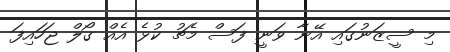
މި ސީޒަނުގައި އޭނާ ވަނީ ފަސް މެޗު ކުޅެ އެއް ގޯލް ޖަހައިފަ